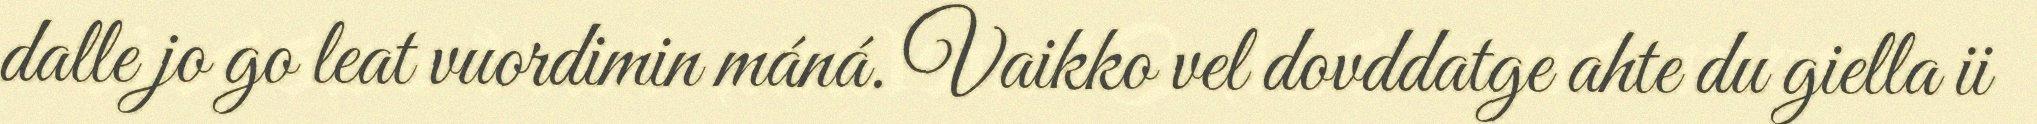
dalle jo go leat vuordimin máná. Vaikko vel dovddatge ahte du giella ii